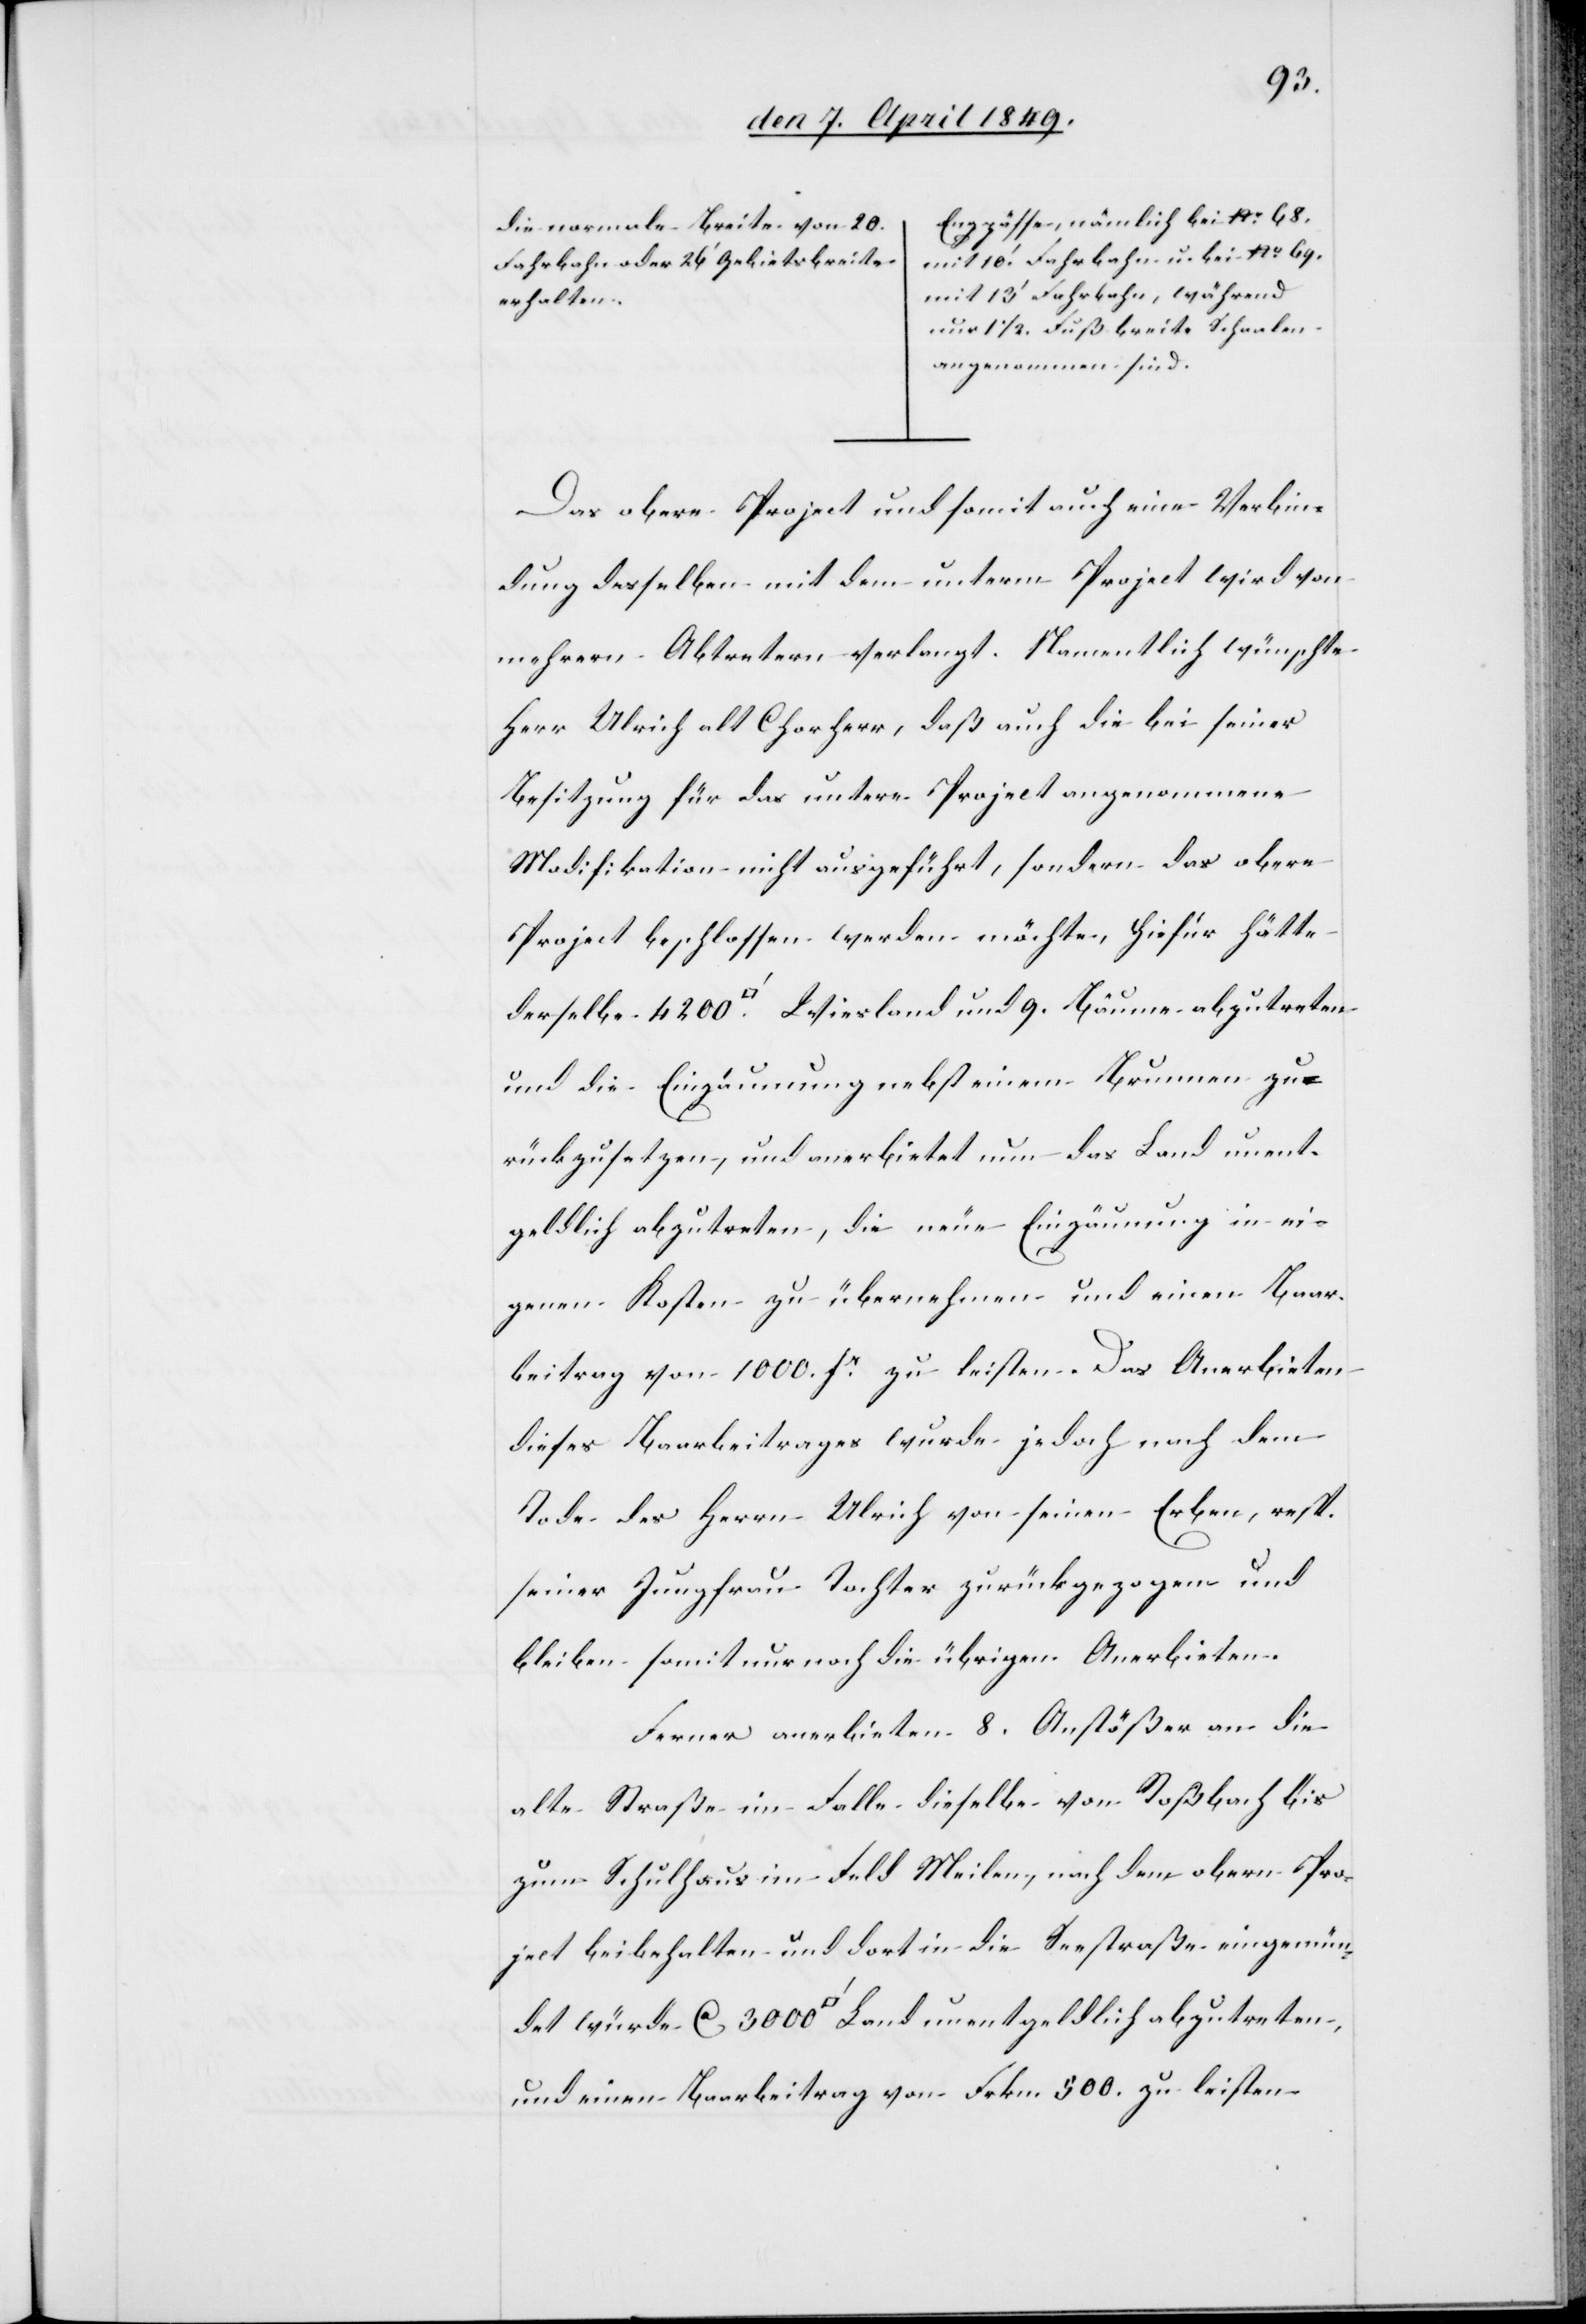
9.
Engpässe, nämlich bei No 68,
mit 10‘ Fahrbahn u. bei
mit 13‘ Fahrbahn, während
nur 1 1/2. Fuß breite Schaalen
angenommen sind.
Das obere Project und somit auch eine Verbin¬
dung desselben mit dem untern Project wird von
mehrern Abtretern verlangt. Namentlich wünschte
Herr Ulrich alt Chorherr, daß auch die bei seiner
Besitzung für das untere Project angenommene
Modifikation nicht ausgeführt, sondern das obere
Project beschlossen werden möchte, hiefür hätte
und die Einzäumung nebst einem Brunnen zu¬
rückzusetzen, und anerbietet nun das Land unent¬
geldlich abzutreten, die neue Einzäumung in ei¬
genen Kosten zu übernehmen und einen Baar¬
beitrag von 1000. fr zu leisten. Das Anerbieten
dieses Baarbeitrages wurde jedoch nach dem
Tode des Herrn Ulrich von seinen Erben, resp.
seiner Jungfrau Tochter zurückgezogen und
bleiben somit nur noch die übrigen Anerbieten.
Ferner anerbieten 8. Anstößer an die
alte Straße im Falle dieselbe von Roßbach bis
zum Schulhaus im Feld Meilen, nach dem obern Pro¬
ject beibehalten und dort in die Seestraße eingemün¬
det würde ca 3000 [Quadratfuß] Land unentgeldlich abzutreten,
und einen Baarbeitrag von Frkn. 500. zu leisten